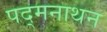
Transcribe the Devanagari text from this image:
पद्मनाथन